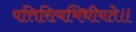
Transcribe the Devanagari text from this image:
पत्तिरित्यभिधीयते॥